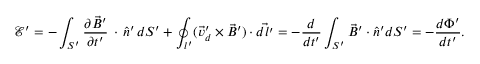
\mathcal E ^ { \prime } = - \int _ { S ^ { \prime } } \frac { \partial \vec { B } ^ { \prime } } { \partial t ^ { \prime } } \, \cdot \, \hat { n } ^ { \prime } \, d S ^ { \prime } + \oint _ { l ^ { \prime } } ( \vec { v } _ { d } ^ { \prime } \times \vec { B } ^ { \prime } ) \cdot \vec { d l ^ { \prime } } = - \frac { d } { d t ^ { \prime } } \int _ { S ^ { \prime } } \vec { B } ^ { \prime } \cdot \hat { n } ^ { \prime } d S ^ { \prime } = - \frac { d \Phi ^ { \prime } } { d t ^ { \prime } } .